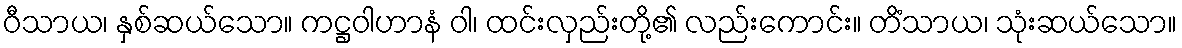
ဝီသာယ၊ နှစ်ဆယ်သော။ ကဋ္ဌဝါဟာနံ ဝါ၊ ထင်းလှည်းတို့၏ လည်းကောင်း။ တိံသာယ၊ သုံးဆယ်သော။